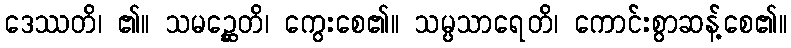
ဒေဿတိ၊ ၏။ သမဉ္ဆေတိ၊ ကွေးစေ၏။ သမ္ပသာရေတိ၊ ကောင်းစွာဆန့်စေ၏။